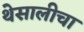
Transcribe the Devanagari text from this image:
थेसालीचा